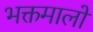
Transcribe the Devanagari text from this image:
भक्तमालों